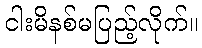
ငါးမိနစ်မပြည့်လိုက်။